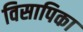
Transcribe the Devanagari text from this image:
विसापिका